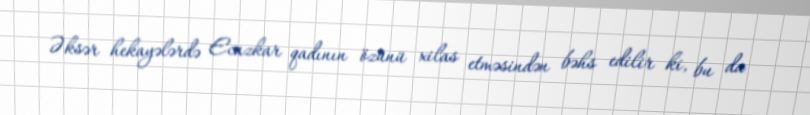
Əksər hekayələrdə Ecazkar qadının özünü xilas etməsindən bəhs edilir ki, bu da